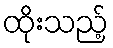
ထိုးသည့်